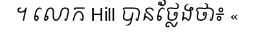
។ លោក Hill បានថ្លែងថា៖ «